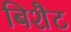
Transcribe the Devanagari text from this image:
बिशैट